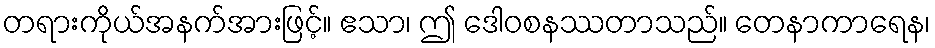
တရားကိုယ်အနက်အားဖြင့်။ ဧသာ၊ ဤ ဒေါဝစနဿတာသည်။ တေနာကာရေန၊